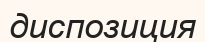
диспозиция